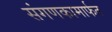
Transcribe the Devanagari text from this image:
संगणकामार्फत